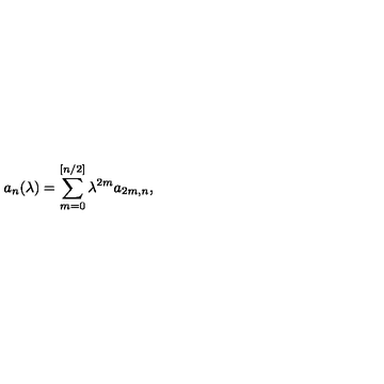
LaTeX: a _ { n } ( \lambda ) = \sum _ { m = 0 } ^ { [ n / 2 ] } \lambda ^ { 2 m } a _ { 2 m , n } ,